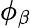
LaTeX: \phi_{\beta}